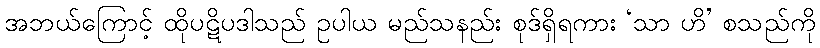
အဘယ်ကြောင့် ထိုပဋိပဒါသည် ဥပါယ မည်သနည်း စုဒ်ရှိရကား ‘သာ ဟိ’ စသည်ကို